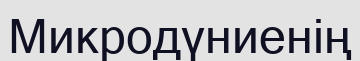
Микродүниенің